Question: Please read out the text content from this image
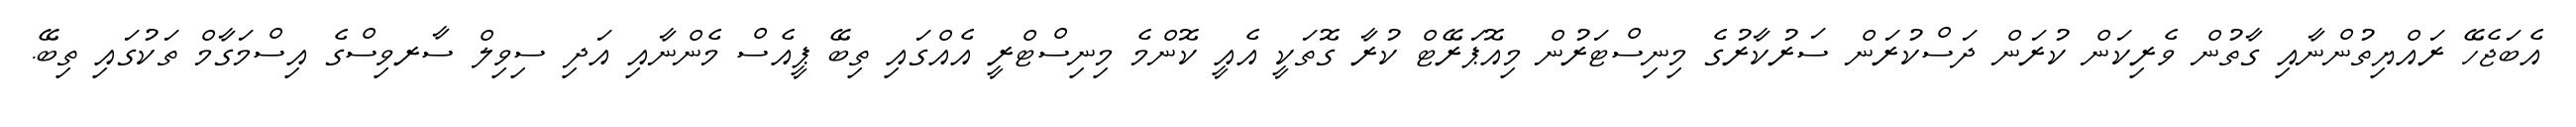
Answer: އެބަޖެހޭ ރައްޔިތުންނާއި ގާތުން ވެރިކަން ކުރަން ދަސްކުރަން ސަރުކާރުގެ މިނިސްޓަރުން މިއޮޕަރޭޓް ކުރާ ގޮތަކީ އެއީ ކޮންމެ މިނިސްޓްރީ އެއްގައި ތިބޭ ޕީއެސް މެންނާއި އަދި ސިވިލް ސާރވިސްގެ އިސްމަގާމް ތަކުގައި ތިބޭ.